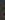
.